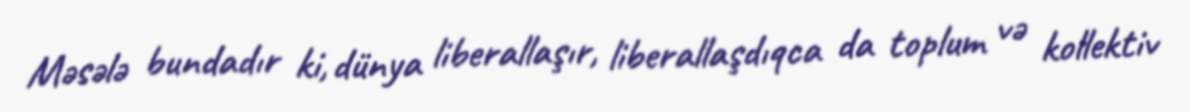
Məsələ bundadır ki, dünya liberallaşır, liberallaşdıqca da toplum və kollektiv